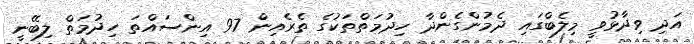
އަދި ވިދާޅުވީ މިލެބްގައި ދެމުންގެންދާ ހިދުމަތްތަކުގެ ތެރެއިން 97 އިންސައްތަ ހިދުމަތް ލިބޭނީ